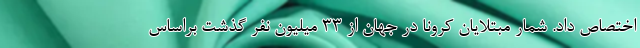
اختصاص داد. شمار مبتلایان کرونا در جهان از ۳۳ میلیون نفر گذشت براساس